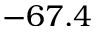
- 6 7 . 4